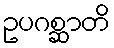
ဥပဂစ္ဆာတိ